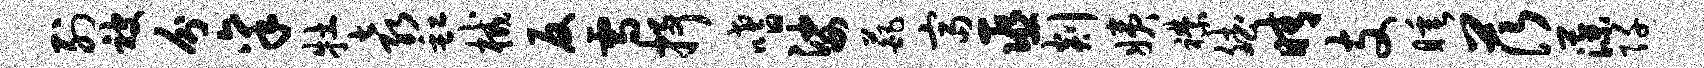
列被分禀牡袁缸械反雪抒嗜娑葩富巫剡姨襟斌晴支睡茨藻阡